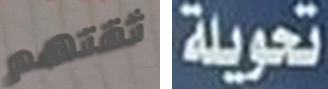
ثقتهم تحويلة